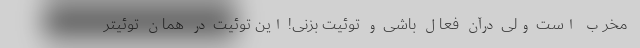
مخرب است ولی درآن فعال باشی و توئیت بزنی! این توئیت در همان توئیتر